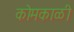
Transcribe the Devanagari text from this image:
कोमकाळी